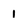
Character: 1